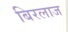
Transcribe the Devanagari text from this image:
बिरलाज